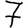
Digit: 7